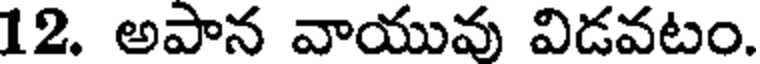
12. అపాన వాయువు విడవటం.